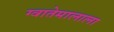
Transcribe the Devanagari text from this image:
ग्वातेमालाला